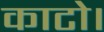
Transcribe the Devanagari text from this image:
काटो।